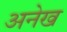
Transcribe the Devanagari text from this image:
अनेख